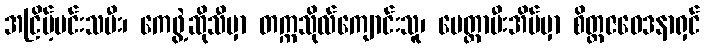
အငြိမ့်မင်းသမီး၊ ကေဖွဲ့ဆိုသီမှာ တက္ကသိုလ်ကျောင်းသူ၊ မေတ္တာမီးအိမ်မှာ စိတ္တဇဝေဒနာရှင်